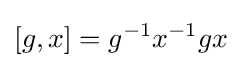
[g,x]=g^{-1}x^{-1}gx